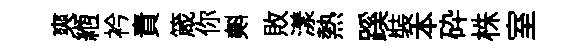
爽縆衿責箴你𣂏敗漾熱蹊裝本砕株室